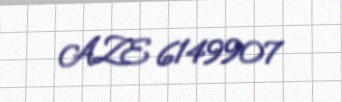
AZE 6149907